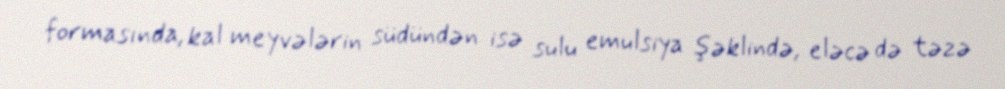
formasında, kal meyvələrin südündən isə sulu emulsiya şəklində, eləcə də təzə